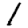
Digit: 1